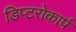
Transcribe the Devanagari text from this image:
डिप्टरोकार्प